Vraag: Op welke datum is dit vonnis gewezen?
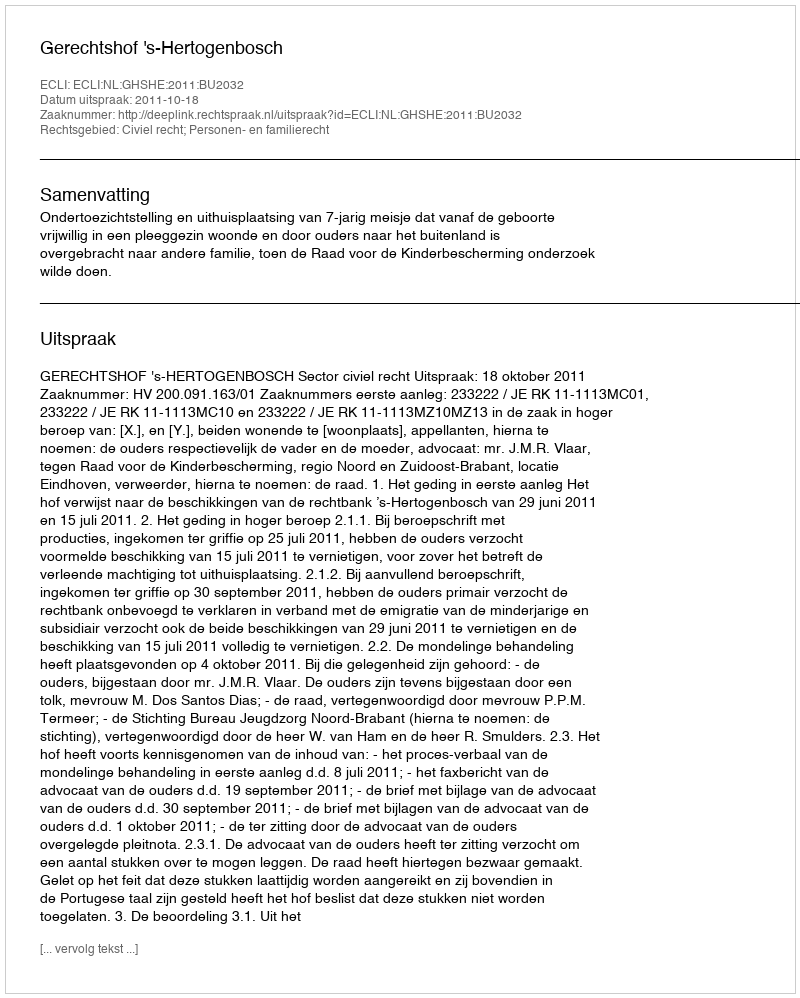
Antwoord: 2011-10-18